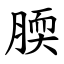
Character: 腝